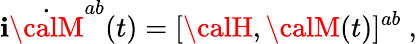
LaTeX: \mathbf{i}\dot{{\calM}}^{ab}(t)=[{\calH},{\calM}(t)]^{ab}\ ,